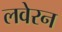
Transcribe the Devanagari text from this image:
लवेरन